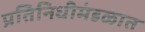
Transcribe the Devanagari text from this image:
प्रतिनिधीमंडळात